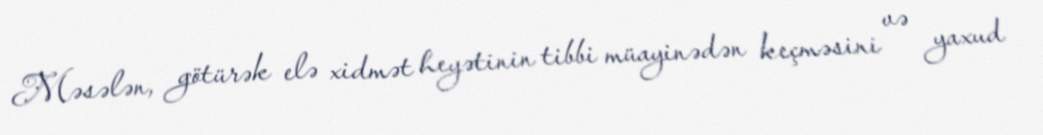
Məsələn, götürək elə xidmət heyətinin tibbi müayinədən keçməsini və yaxud